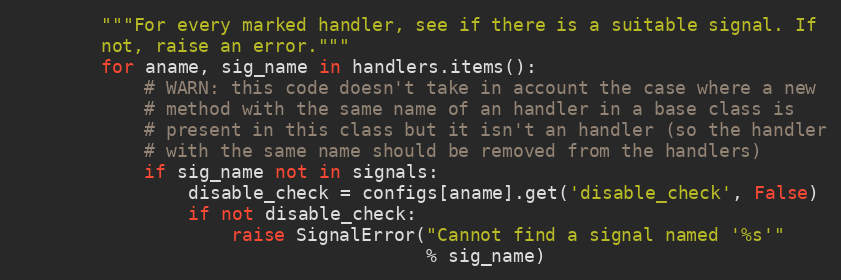
Language: Python
        """For every marked handler, see if there is a suitable signal. If
        not, raise an error."""
        for aname, sig_name in handlers.items():
            # WARN: this code doesn't take in account the case where a new
            # method with the same name of an handler in a base class is
            # present in this class but it isn't an handler (so the handler
            # with the same name should be removed from the handlers)
            if sig_name not in signals:
                disable_check = configs[aname].get('disable_check', False)
                if not disable_check:
                    raise SignalError("Cannot find a signal named '%s'"
                                      % sig_name)